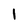
Character: 1